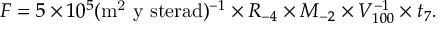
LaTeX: F = 5 \times 1 0 ^ { 5 } ( \mathrm { m ^ { 2 } ~ y ~ s t e r a d } ) ^ { - 1 } \times R _ { - 4 } \times M _ { - 2 } \times V _ { 1 0 0 } ^ { - 1 } \times t _ { 7 } .